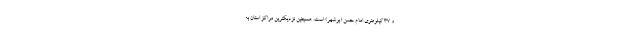
و ۳۷ کیلومتری امام حسن (بوشهر) است. همچنین نزدیکترین مراکز استان به